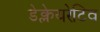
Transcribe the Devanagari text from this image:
डेक्लेयरेटिव